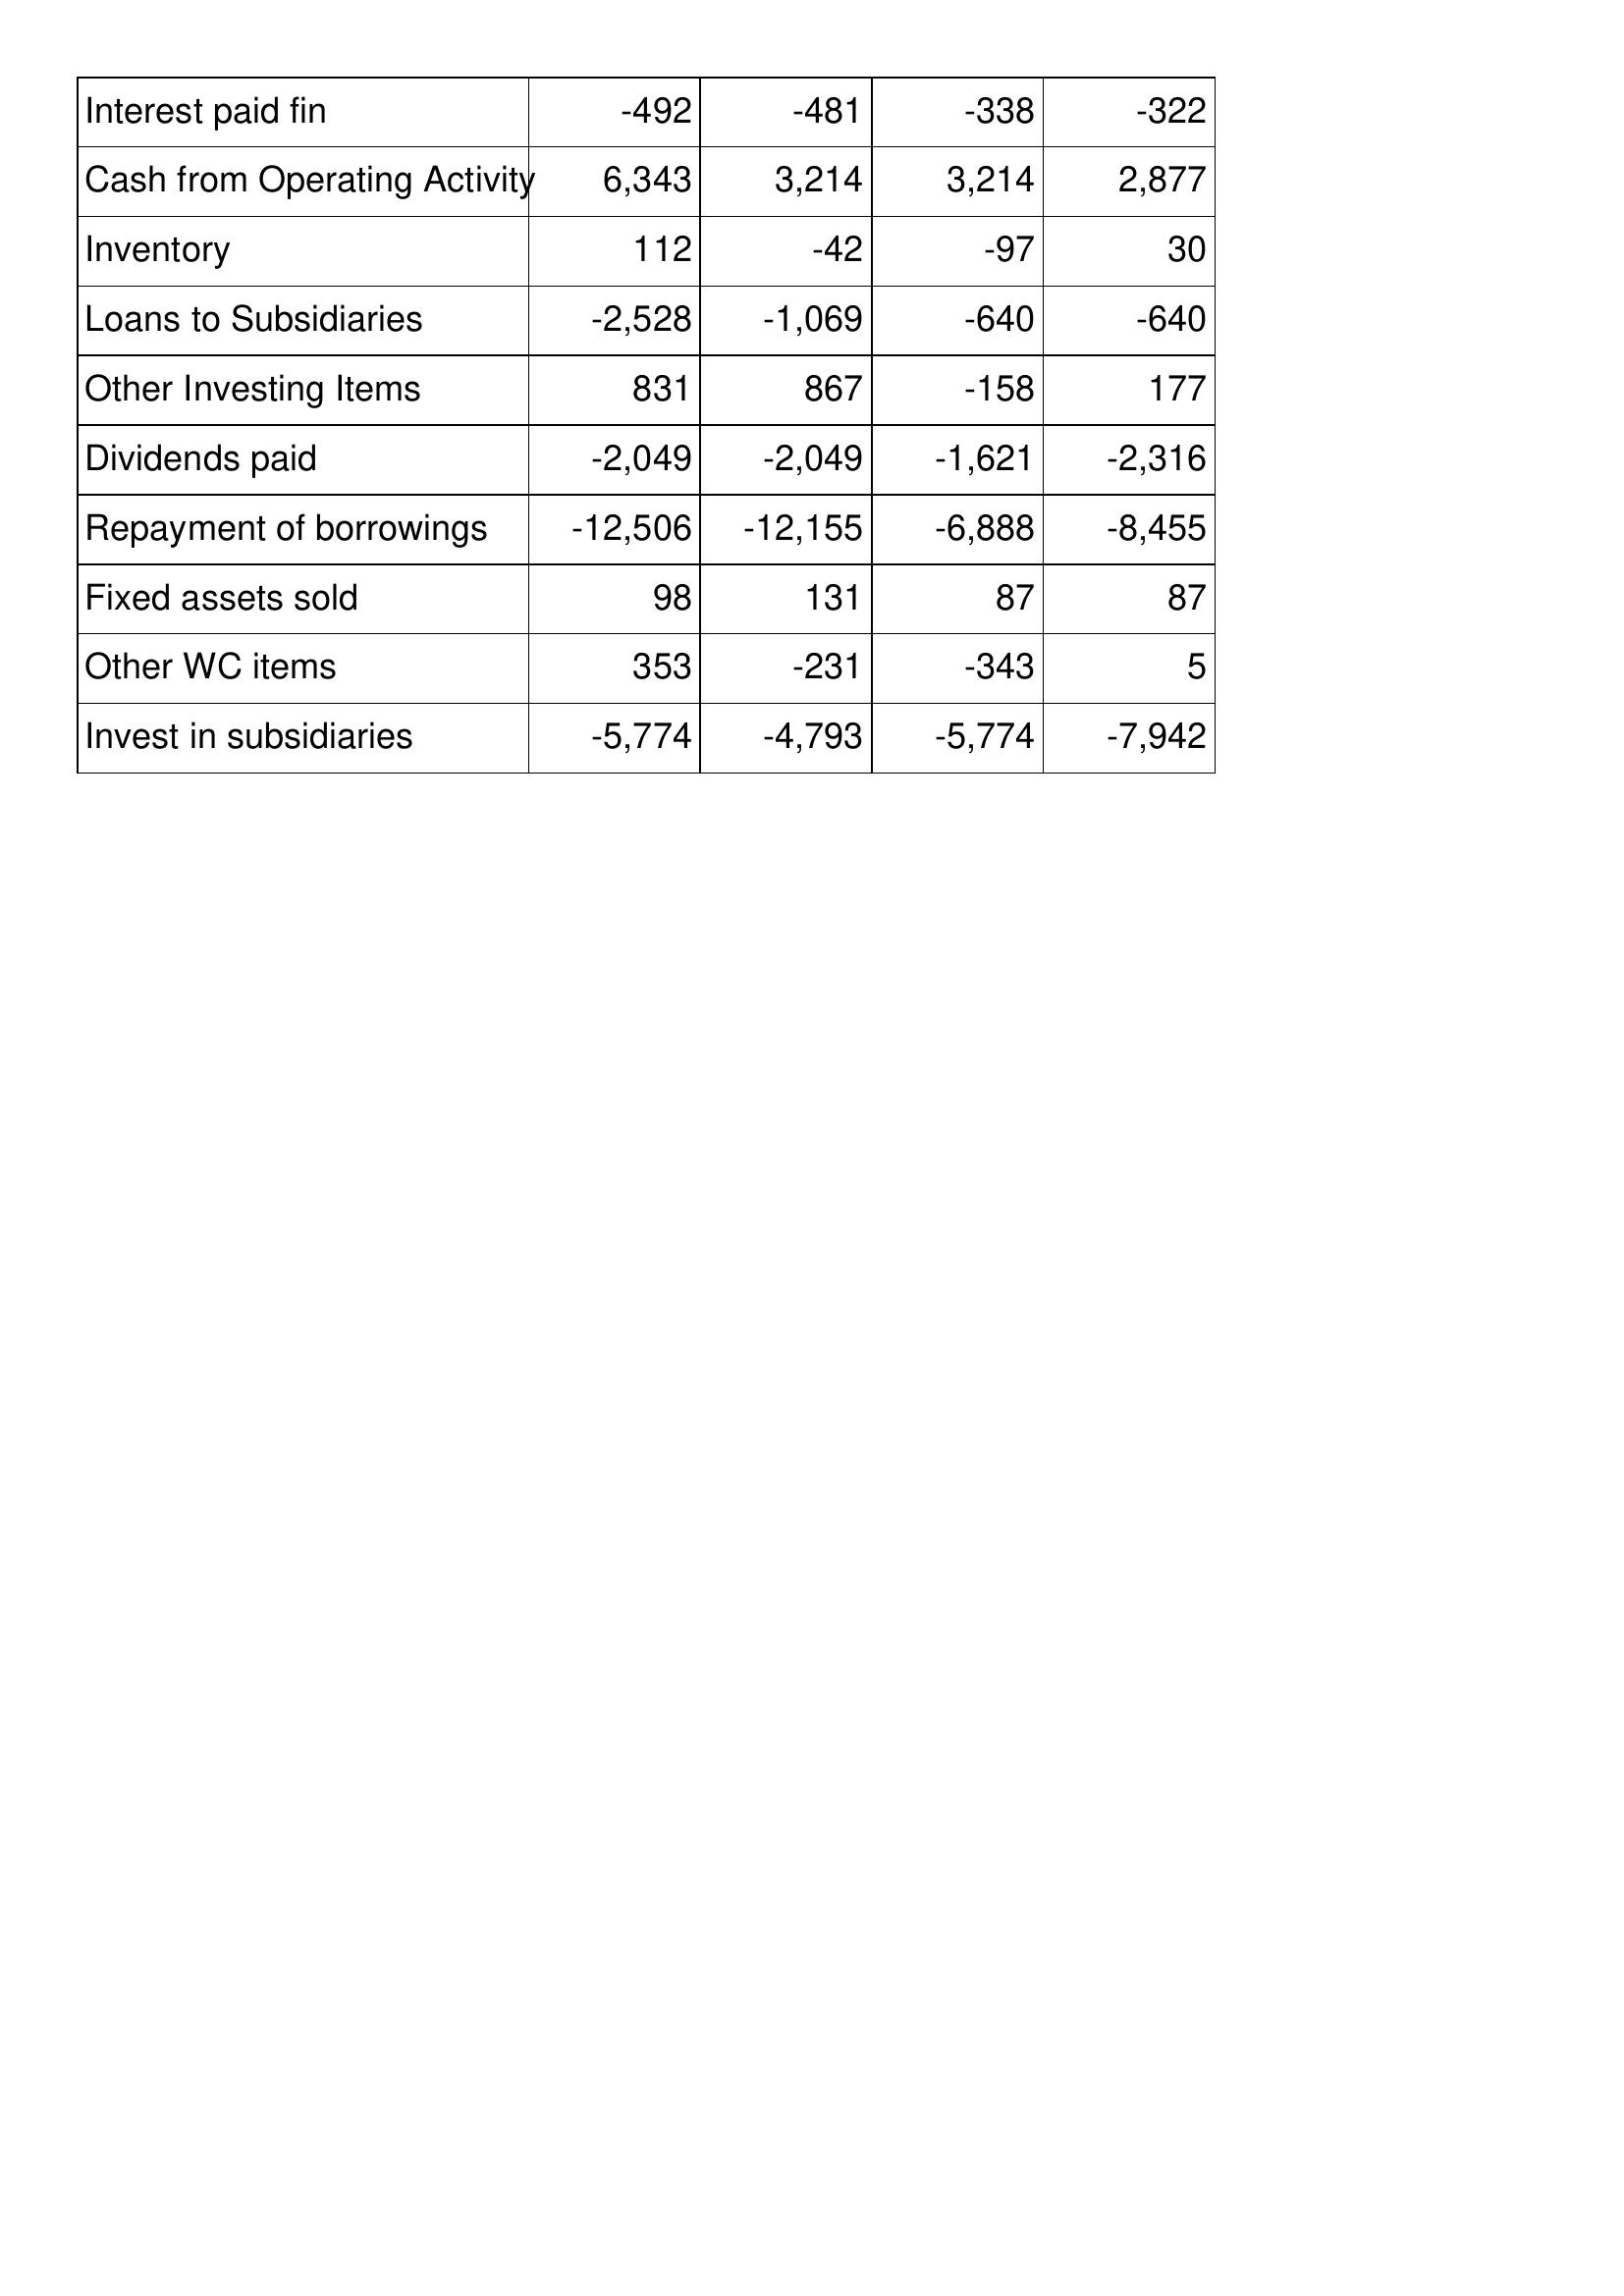
May-09: Cash Flows: Interest paid fin: -492
Cash from Operating Activity: 6,343
Inventory: 112
Loans to Subsidiaries: -2,528
Other Investing Items: 831
Dividends paid: -2,049
Repayment of borrowings: -12,506
Fixed assets sold: 98
Other WC items: 353
Invest in subsidiaries: -5,774
May-08: Cash Flows: Interest paid fin: -481
Cash from Operating Activity: 3,214
Inventory: -42
Loans to Subsidiaries: -1,069
Other Investing Items: 867
Dividends paid: -2,049
Repayment of borrowings: -12,155
Fixed assets sold: 131
Other WC items: -231
Invest in subsidiaries: -4,793
May-07: Cash Flows: Interest paid fin: -338
Cash from Operating Activity: 3,214
Inventory: -97
Loans to Subsidiaries: -640
Other Investing Items: -158
Dividends paid: -1,621
Repayment of borrowings: -6,888
Fixed assets sold: 87
Other WC items: -343
Invest in subsidiaries: -5,774
May-06: Cash Flows: Interest paid fin: -322
Cash from Operating Activity: 2,877
Inventory: 30
Loans to Subsidiaries: -640
Other Investing Items: 177
Dividends paid: -2,316
Repayment of borrowings: -8,455
Fixed assets sold: 87
Other WC items: 5
Invest in subsidiaries: -7,942